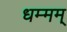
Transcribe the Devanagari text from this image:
धम्मम्